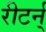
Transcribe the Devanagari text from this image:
रीटर्न्